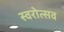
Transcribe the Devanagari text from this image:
स्वरोत्सव